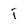
Character: j